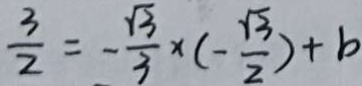
\frac { 3 } { 2 } = - \frac { \sqrt { 3 } } { 3 } \times ( - \frac { \sqrt { 3 } } { 2 } ) + b